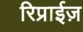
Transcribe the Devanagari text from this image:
रिप्राईज़